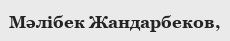
Мәлібек Жандарбеков,